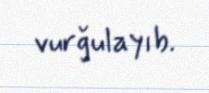
vurğulayıb.